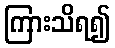
ကြားသိရ၍